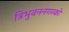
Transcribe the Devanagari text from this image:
त्रिभुवननगरको